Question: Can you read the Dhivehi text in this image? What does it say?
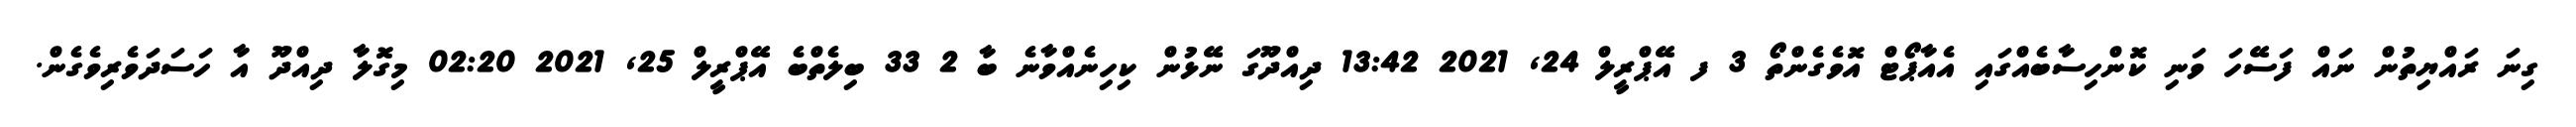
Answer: ގިނަ ރައްޔިތުން ނައް ފަސޭހަ ވަނި ކޮންހިސާބެއްގައި އެއާޕޯޓް އޮވެގެންތޯ 3 ފ އޭޕްރީލް 24, 2021 13:42 ދިއްދޫގަ ނޭޅުން ކިހިނެއްވާނެ ބާ 2 33 ބިލެތްބެ އޭޕްރީލް 25, 2021 02:20 މިގޮލާ ދިއްދޫ އާ ހަސަދަވެރިވެގެން.